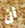
أن